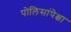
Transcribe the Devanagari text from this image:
पोलिसांपेक्षा